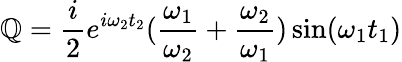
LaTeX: \mathbb{Q}=\frac{{i}}{{2}}e^{i\omega_{2}t_{2}}(\frac{{\omega_{1}}}{{\omega_{2}}}+\frac{{\omega_{2}}}{{\omega_{1}}})\sin(\omega_{1}t_{1})